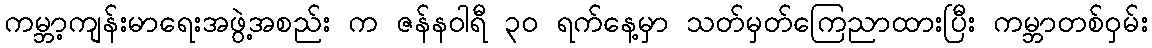
ကမ္ဘာ့ကျန်းမာရေးအဖွဲ့အစည်း က ဇန်နဝါရီ ၃၀ ရက်နေ့မှာ သတ်မှတ်ကြေညာထားပြီး ကမ္ဘာတစ်ဝှမ်း